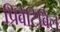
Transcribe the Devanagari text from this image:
प्रिवेंटिबिल